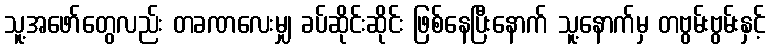
သူ့အဖော်တွေလည်း တခဏလေးမျှ ခပ်ဆိုင်းဆိုင်း ဖြစ်နေပြီးနောက် သူ့နောက်မှ တဗွမ်းဗွမ်းနှင့်